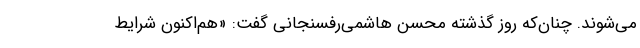
می‌شوند. چنان‌که روز گذشته محسن هاشمی‌رفسنجانی گفت: «هم‌اکنون شرایط